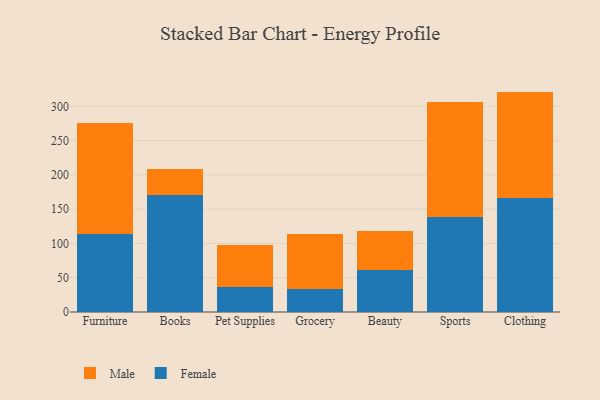
{"axis": {"x": "Category", "y": "Production Output"}, "legend": ["Female", "Male"], "data": [{"x": "Furniture", "y": 114.1, "type": "Female"}, {"x": "Furniture", "y": 161.5, "type": "Male"}, {"x": "Books", "y": 170.2, "type": "Female"}, {"x": "Books", "y": 38.2, "type": "Male"}, {"x": "Pet Supplies", "y": 37.1, "type": "Female"}, {"x": "Pet Supplies", "y": 61.1, "type": "Male"}, {"x": "Grocery", "y": 33.7, "type": "Female"}, {"x": "Grocery", "y": 80.5, "type": "Male"}, {"x": "Beauty", "y": 61.6, "type": "Female"}, {"x": "Beauty", "y": 56.8, "type": "Male"}, {"x": "Sports", "y": 138.3, "type": "Female"}, {"x": "Sports", "y": 167.6, "type": "Male"}, {"x": "Clothing", "y": 165.9, "type": "Female"}, {"x": "Clothing", "y": 155.6, "type": "Male"}]}